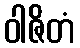
ဝါဇိတံ